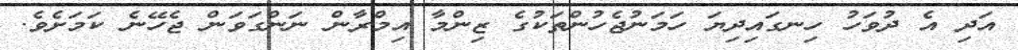
އަދި އެ ދުވަހު ހިނގައިދިޔަ ހަމަނުޖެހުންތަކުގެ ޒިންމާ އިމްރާން ނަންގަވަން ޖެހޭނެ ކަމަށެވެ.